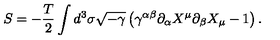
S = - \frac { T } { 2 } \int d ^ { 3 } \sigma \sqrt { - \gamma } \left( \gamma ^ { \alpha \beta } \partial _ { \alpha } X ^ { \mu } \partial _ { \beta } X _ { \mu } - 1 \right) .